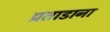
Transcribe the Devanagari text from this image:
प्रताडाना